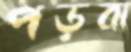
পড়বা